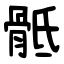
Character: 骶